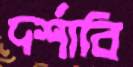
দর্শাবি